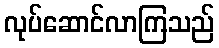
လုပ်ဆောင်လာကြသည်